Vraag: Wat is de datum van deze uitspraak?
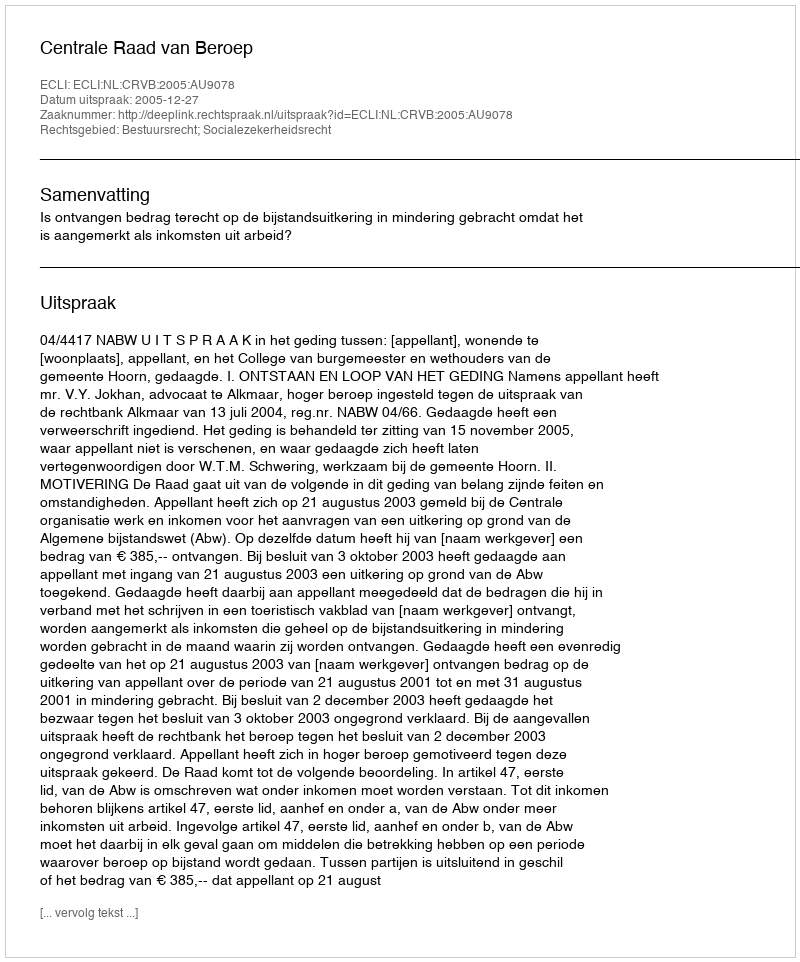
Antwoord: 2005-12-27